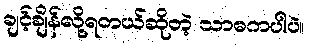
ချင့်ချိန်လို့ရတယ်ဆိုတဲ့ သာဓကပါပဲ။